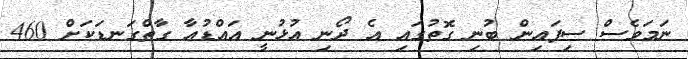
ނަމަވެސް ސިފައިން ބުނި ގޮތުގައި އެ ދޯނި އުޅުނީ އައްޑުއާ ގާތްގަނޑަކަށް 460